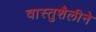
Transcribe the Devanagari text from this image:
वास्तुशैलीने